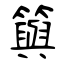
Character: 籅